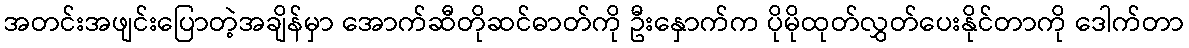
အတင်းအဖျင်းပြောတဲ့အချိန်မှာ အောက်ဆီတိုဆင်ဓာတ်ကို ဦးနှောက်က ပိုမိုထုတ်လွှတ်ပေးနိုင်တာကို ဒေါက်တာ